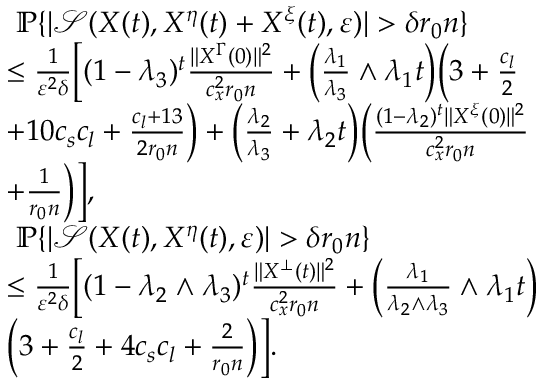
\begin{array} { r l } & { ~ \mathbb { P } \{ | \mathcal { S } ( X ( t ) , X ^ { \eta } ( t ) + X ^ { \xi } ( t ) , \varepsilon ) | > \delta r _ { 0 } n \} } \\ & { \le \frac { 1 } { \varepsilon ^ { 2 } \delta } \Big [ ( 1 - \lambda _ { 3 } ) ^ { t } \frac { \| X ^ { \Gamma } ( 0 ) \| ^ { 2 } } { c _ { x } ^ { 2 } r _ { 0 } n } + \Big ( \frac { \lambda _ { 1 } } { \lambda _ { 3 } } \wedge \lambda _ { 1 } t \Big ) \Big ( 3 + \frac { c _ { l } } { 2 } } \\ & { + 1 0 c _ { s } c _ { l } + \frac { c _ { l } + 1 3 } { 2 r _ { 0 } n } \Big ) + \Big ( \frac { \lambda _ { 2 } } { \lambda _ { 3 } } + \lambda _ { 2 } t \Big ) \Big ( \frac { ( 1 - \lambda _ { 2 } ) ^ { t } \| X ^ { \xi } ( 0 ) \| ^ { 2 } } { c _ { x } ^ { 2 } r _ { 0 } n } } \\ & { + \frac { 1 } { r _ { 0 } n } \Big ) \Big ] , } \\ & { ~ \mathbb { P } \{ | \mathcal { S } ( X ( t ) , X ^ { \eta } ( t ) , \varepsilon ) | > \delta r _ { 0 } n \} } \\ & { \le \frac { 1 } { \varepsilon ^ { 2 } \delta } \Big [ ( 1 - \lambda _ { 2 } \wedge \lambda _ { 3 } ) ^ { t } \frac { \| X ^ { \bot } ( t ) \| ^ { 2 } } { c _ { x } ^ { 2 } r _ { 0 } n } + \Big ( \frac { \lambda _ { 1 } } { \lambda _ { 2 } \wedge \lambda _ { 3 } } \wedge \lambda _ { 1 } t \Big ) } \\ & { \Big ( 3 + \frac { c _ { l } } { 2 } + 4 c _ { s } c _ { l } + \frac { 2 } { r _ { 0 } n } \Big ) \Big ] . } \end{array}